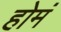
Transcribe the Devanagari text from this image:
होमं